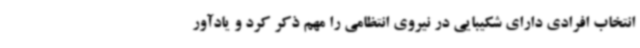
انتخاب افرادی دارای شکیبایی در نیروی انتظامی را مهم ذکر کرد و یادآور